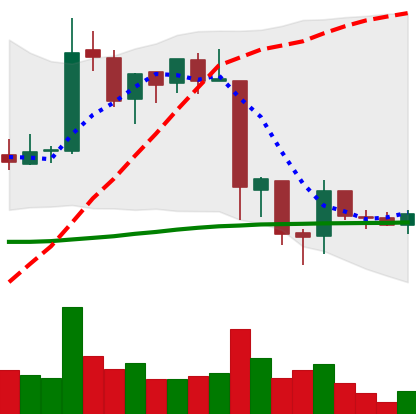
Ticker: EOS-USD
Chart end date: 2018-06-18
Forward return: -21.558%
Label: down_7plus